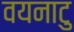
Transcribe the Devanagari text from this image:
वयनाटु